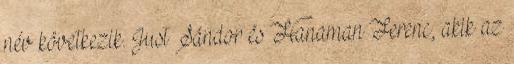
név következik. Just Sándor és Hanaman Ferenc, akik az